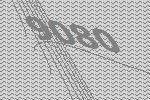
9080